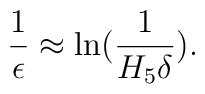
\frac{1}{\epsilon} \approx \ln(\frac{1}{H_5 \delta}).